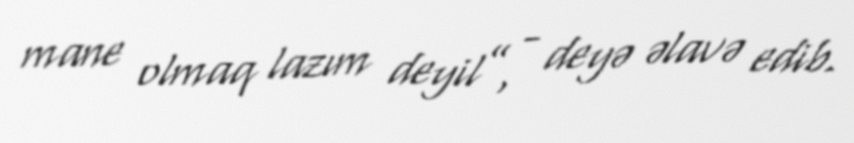
mane olmaq lazım deyil”, - deyə əlavə edib.